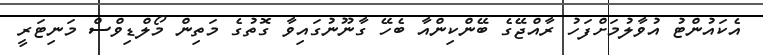
އެކައުންޓު އުވާލުމަށްފަހު ރާއްޖޭގެ ބޭންކިންއާ ބެހޭ ގާނޫނުގައިވާ ގޮތުގެ މަތިން މޯލްޑިވްސް މަނިޓަރީ